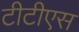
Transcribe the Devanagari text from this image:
टीटीएस